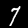
Digit: 7